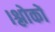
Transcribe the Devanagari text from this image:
।श्लोकों